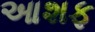
આશફ